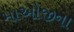
માઓજીના